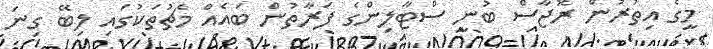
މީގެ އިތުރުން ރޮޖާސް ބުނީ ސްޓާލިންގެ ފަރާތުން ބައެއް މެޗުތަކުގައި ލިބޭ ގިނަ